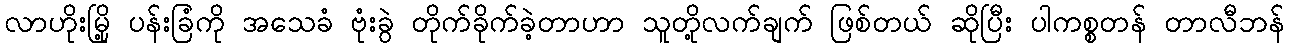
လာဟိုးမြို့ ပန်းခြံကို အသေခံ ဗုံးခွဲ တိုက်ခိုက်ခဲ့တာဟာ သူတို့လက်ချက် ဖြစ်တယ် ဆိုပြီး ပါကစ္စတန် တာလီဘန်